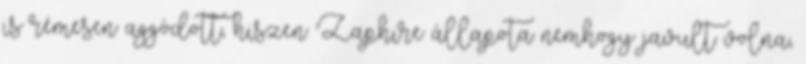
is rémesen aggódott, hiszen Zaphire állapota nemhogy javult volna,